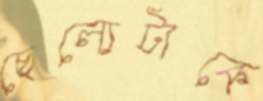
ছেল্যেটাকে